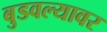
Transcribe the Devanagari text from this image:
बुडवल्यावर